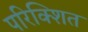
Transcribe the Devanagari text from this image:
परिक्शित